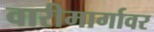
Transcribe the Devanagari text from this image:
वारीमार्गावर